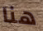
هنا